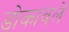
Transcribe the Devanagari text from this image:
डोकावले